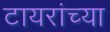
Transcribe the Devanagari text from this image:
टायरांच्या